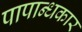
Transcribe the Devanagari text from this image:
पापान्धकार